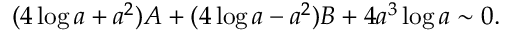
( 4 \log a + a ^ { 2 } ) A + ( 4 \log a - a ^ { 2 } ) B + 4 a ^ { 3 } \log a \sim 0 .